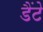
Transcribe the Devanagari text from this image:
डैंटे